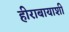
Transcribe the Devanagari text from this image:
हीराबायाशी